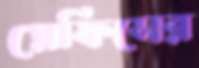
প্লেফিসের